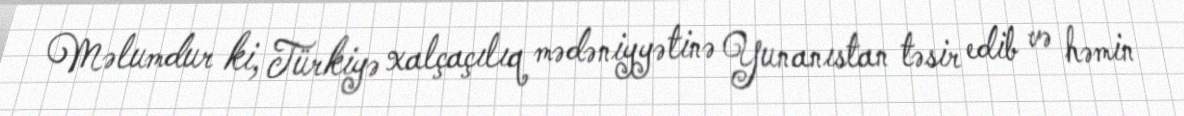
Məlumdur ki, Türkiyə xalçaçılıq mədəniyyətinə Yunanıstan təsir edib və həmin